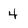
Character: 4